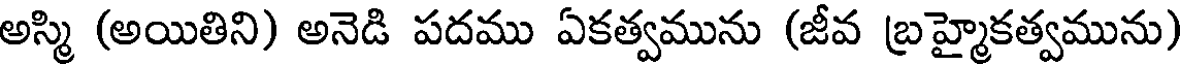
అస్మి (అయితిని) అనెడి పదము ఏకత్వమును (జీవ బ్రహ్మైకత్వమును)